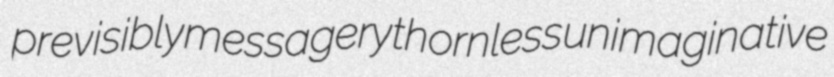
previsibly messagery thornless unimaginative